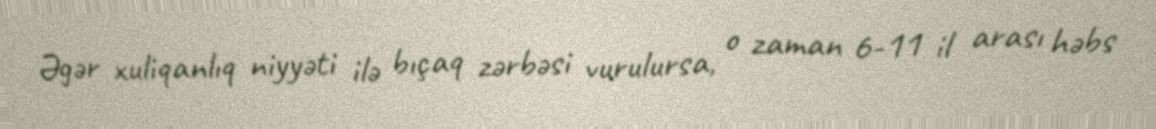
Əgər xuliqanlıq niyyəti ilə bıçaq zərbəsi vurulursa, o zaman 6-11 il arası həbs